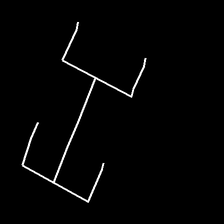
Glyph: entwine